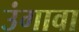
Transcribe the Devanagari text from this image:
उंगावा